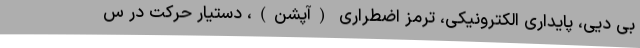
بی دیی، پایداری الکترونیکی، ترمز اضطراری (آپشن)، دستیار حرکت در س